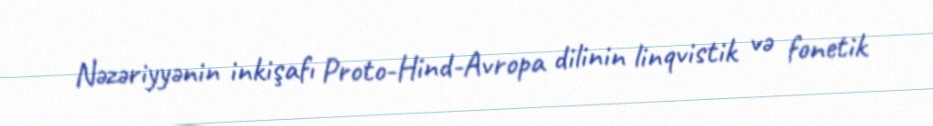
Nəzəriyyənin inkişafı Proto-Hind-Avropa dilinin linqvistik və fonetik